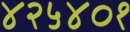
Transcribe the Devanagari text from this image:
४२५४०१